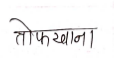
मजकूर: तोफखाना